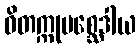
ဝိတက္ကုပစ္ဆေဒါယ